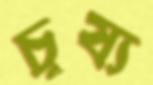
চূষ্য